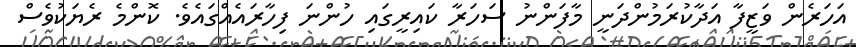
އަހަރެން ވަޒީފާ އަދާކުރަމުންދަނީ މާފަންނު ސަހަރާ ކައިރީގަައި ހުންނަ ފިހާރައެއްގައެވެ. ކޮންމެ ރެޔަކުވެސް